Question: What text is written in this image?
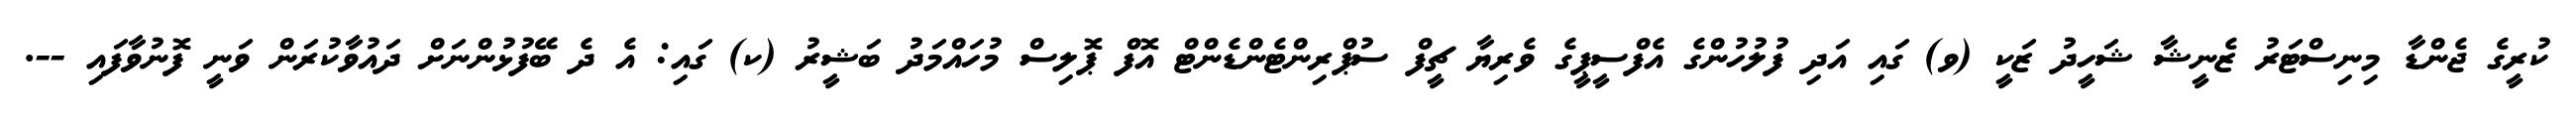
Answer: ކުރީގެ ޖެންޑާ މިނިސްޓަރު ޒެނީޝާ ޝަހީދު ޒަކީ (ވ) ގައި އަދި ފުލުހުންގެ އެފްސީޕީގެ ވެރިޔާ ޗީފް ސުޕްރިންޓެންޑެންޓް އޮފް ޕޮލިސް މުހައްމަދު ބަޝީރު (ކ) ގައި: އެ ދެ ބޭފުޅުންނަށް ދައުވާކުރަން ވަނީ ފޮނުވާފައި --.